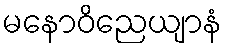
မနောဝိညေယျာနံ